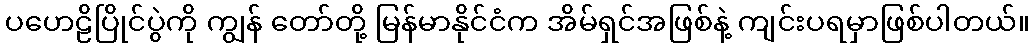
ပဟေဠိပြိုင်ပွဲကို ကျွန် တော်တို့ မြန်မာနိုင်ငံက အိမ်ရှင်အဖြစ်နဲ့ ကျင်းပရမှာဖြစ်ပါတယ်။